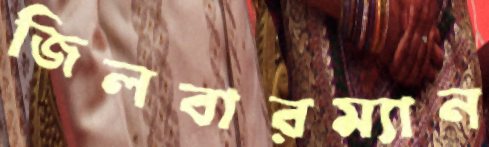
জিলবারম্যান